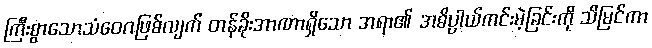
ကြီးစွာသောသံဝေဂဖြစ်လျက် တန်ခိုးအာဏာရှိသော အရာ၏ အဓိပ္ပာယ်ကင်းမဲ့ခြင်းကို သိမြင်ကာ